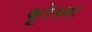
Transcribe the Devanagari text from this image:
कूरेस्मा